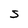
Character: S